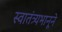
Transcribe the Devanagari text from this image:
स्वातंत्र्यभानूने